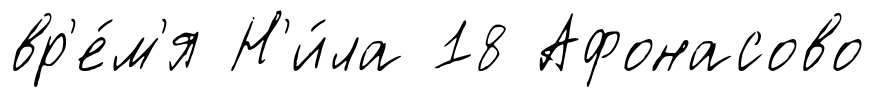
вр'е́м'я Н'и́ла 18 Афонасово